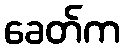
ခေတ်က